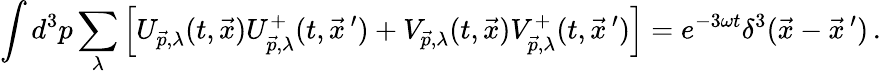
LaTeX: \int d^{3}p\sum_{\lambda}\left[U_{\vec{p},\lambda}(t,\vec{x})U_{\vec{p},\lambda}^{+}(t,\vec{x}^{\, \prime})+V_{\vec{p},\lambda}(t,\vec{x})V_{\vec{p},\lambda}^{+}(t,\vec{x}^{\, \prime})\right]=e^{-3\omega t}\delta^{3}(\vec{x}-\vec{x}^{\, \prime})\, .